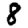
Digit: 8